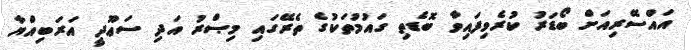
އައްސޭރިއަށް ބޯޑަރު ކުރެވިފައިވާ ބޮޑެތި ގައުމުތަކުގެ ތެރޭގައި މިޞްރު އަދި ސަޢޫދީ އަރަބިއްޔާ